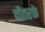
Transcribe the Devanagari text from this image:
चौतरफे